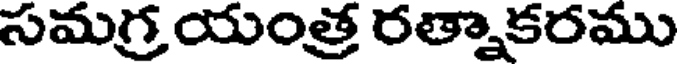
సమగ్ర యంత్ర రత్నాకరము